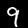
Digit: 9